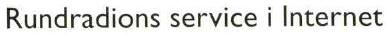
Rundradions service i Internet